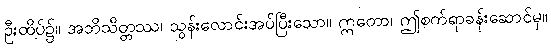
ဦးထိပ်၌။ အဘိသိတ္တဿ၊ သွန်းလောင်းအပ်ပြီးသော။ ဣတော၊ ဤစက်ရာခန်းဆောင်မှ။